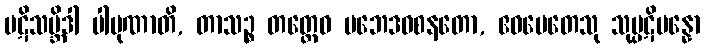
ပဋိသမ္ဘိဒါ ပါပုဏာတိ, တာသဉ္စ တတ္ထေဝ ပဘေဒဝစနတော, ဧဝမေတေသု သုပ္ပဋိပန္နော